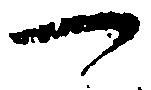
一